Indian journal of veterinary science and animal husbandry - Volume 2,
Year: 1932
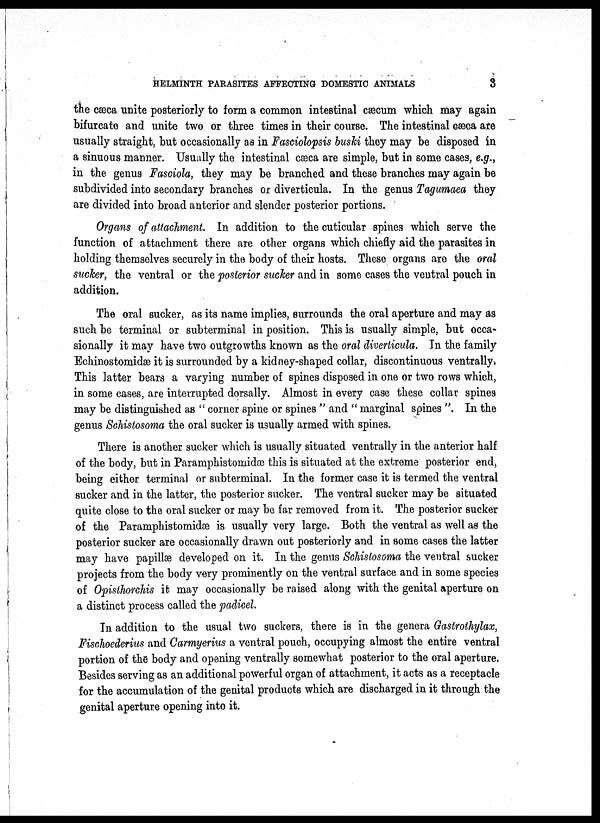
HELMINTH PARASITES AFFECTING DOMESTIC ANIMALS
3
the cæca unite posteriorly to form a common intestinal cæcum which may again
bifurcate and unite two or three times in their course. The intestinal cæca are
usually straight, but occasionally as in Fasciolopsis buski they may be disposed in
a sinuous manner. Usually the intestinal cæca are simple, but in some cases, e.g.,
in the genus Fasciola, they may be branched and these branches may again be
subdivided into secondary branches or diverticula. In the genus Tagumaea they
are divided into broad anterior and slender posterior portions.
Organs of attachment. In addition to the cuticular spines which serve the
function of attachment there are other organs which chiefly aid the parasites in
holding themselves securely in the body of their hosts. These organs are the oral
sucker, the ventral or the posterior sucker and in some cases the ventral pouch in
addition.
The oral sucker, as its name implies, surrounds the oral aperture and may as
such be terminal or subterminal in position. This is usually simple, but occa-
sionally it may have two outgrowths known as the oral diverticula. In the family
Echinostomidæ it is surrounded by a kidney-shaped collar, discontinuous ventrally.
This latter bears a varying number of spines disposed in one or two rows which,
in some cases, are interrupted dorsally. Almost in every case these collar spines
may be distinguished as " corner spine or spines " and " marginal spines ". In the
genus Schistosoma the oral sucker is usually armed with spines.
There is another sucker which is usually situated ventrally in the anterior half
of the body, but in Paramphistomidæ this is situated at the extreme posterior end,
being either terminal or subterminal. In the former case it is termed the ventral
sucker and in the latter, the posterior sucker. The ventral sucker may be situated
quite close to the oral sucker or may be far removed from it. The posterior sucker
of the Paramphistomidæ is usually very large. Both the ventral as well as the
posterior sucker are occasionally drawn out posteriorly and in some cases the latter
may have papillæ developed on it. In the genus Schistosoma the ventral sucker
projects from the body very prominently on the ventral surface and in some species
of Opistorchis it may occasionally be raised along with the genital aperture on
a distinct process called the padicel.
In addition to the usual two suckers, there is in the genera Gastrothylax,
Fischoederius and Carmyerius a ventral pouch, occupying almost the entire ventral
portion of the body and opening ventrally somewhat posterior to the oral aperture.
Besides serving as an additional powerful organ of attachment, it acts as a receptacle
for the accumulation of the genital products which are discharged in it through the
genital aperture opening into it.